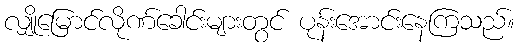
လျှိုမြောင်လိုဏ်ခေါင်းများတွင် ပုန်းအောင်းနေကြသည်။